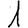
Digit: 1